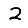
Digit: 2